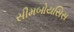
સીમબોયસિસ